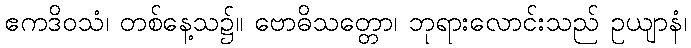
ဧကဒိဝသံ၊ တစ်နေ့သ၌။ ဗောဓိသတ္တော၊ ဘုရားလောင်းသည် ဥယျာနံ၊